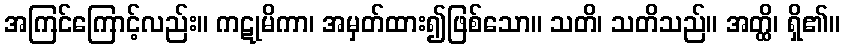
အကြင်ကြောင့်လည်း။ ကဋုမိကာ၊ အမှတ်ထား၍ဖြစ်သော။ သတိ၊ သတိသည်။ အတ္ထိ၊ ရှိ၏။